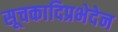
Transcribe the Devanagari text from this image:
सूचकादिप्रभेदेन